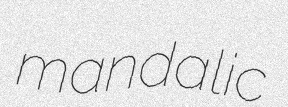
mandalic